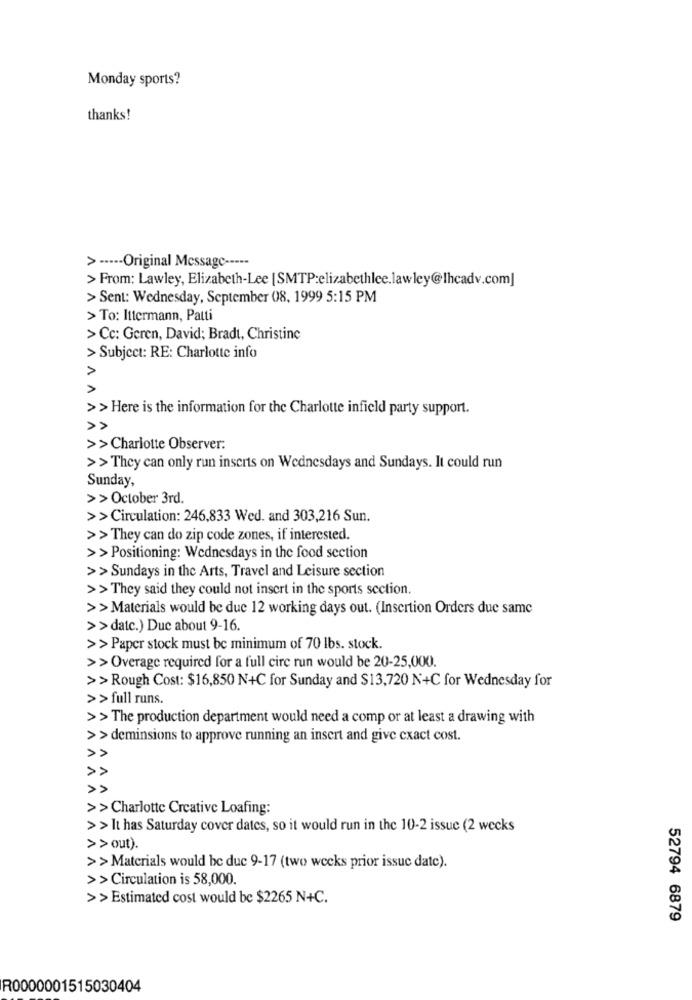
Monday sports?
thanks!
> ----- Original Message -----
> From: Lawley, Elizabeth-Lee [SMTP:elizabethlec.lawley@Ihcadv.com]
> Sent: Wednesday, September 08, 1999 5:15 PM
> To: Ittermann, Patti
> Cc: Geren, David; Bradt, Christine
> Subject: RE: Charlotte info
AA
>> Here is the information for the Charlotte infield party support.
>>
>>Charlotte Observer:
>> They can only run inscris on Wednesdays and Sundays. It could run
Sunday,
> > October 3rd.
>> Circulation: 246,833 Wed. and 303,216 Sun.
>> They can do zip code zones, if interested.
>> Positioning: Wednesdays in the food section
>>Sundays in the Arts, Travel and Leisure section
>> They said they could not insert in the sports section.
>> Materials would be duc 12 working days out. (Insertion Orders due same
>> datc.) Duc about 9-16.
>> Paper stock must be minimum of 70 lbs. stock.
>> Overage required for a full cire run would be 20-25,000.
>> Rough Cost: $16,850 N+C for Sunday and $13,720 N+C for Wednesday for
>> full runs.
>> The production department would need a comp or at least a drawing with
>> deminsions to approve running an insert and give exact cost.
>>
>>Charlotte Creative Loafing:
>> It has Saturday cover dates, so it would run in the 10-2 issue (2 wecks
>> out).
>> Materials would be due 9-17 (two weeks prior issue date).
>> Circulation is 58,000.
>> Estimated cost would be $2265 N+C.
52794 6879
R0000001515030404